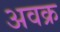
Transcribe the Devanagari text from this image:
अवक्र